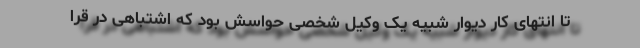
تا انتهای کار دیوار شبیه یک وکیل شخصی حواسش بود که اشتباهی در قرا